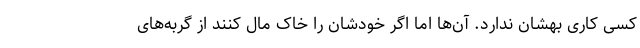
کسی کاری بهشان ندارد. آن‌ها اما اگر خودشان را خاک مال کنند از گربه‌های